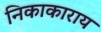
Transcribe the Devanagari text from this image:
निकाकाराय